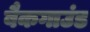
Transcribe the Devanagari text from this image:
बैकगाउंड